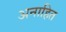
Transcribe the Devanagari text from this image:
अनाहित